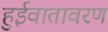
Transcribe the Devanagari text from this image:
हुईवातावरण